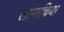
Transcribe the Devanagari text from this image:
लामाचिया